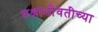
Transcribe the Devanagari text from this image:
प्रश्नाभोवतीच्या